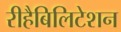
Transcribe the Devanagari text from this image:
रीहैबिलिटेशन